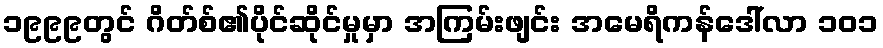
၁၉၉၉တွင် ဂိတ်စ်၏ပိုင်ဆိုင်မှုမှာ အကြမ်းဖျင်း အမေရိကန်ဒေါ်လာ ၁၀၁